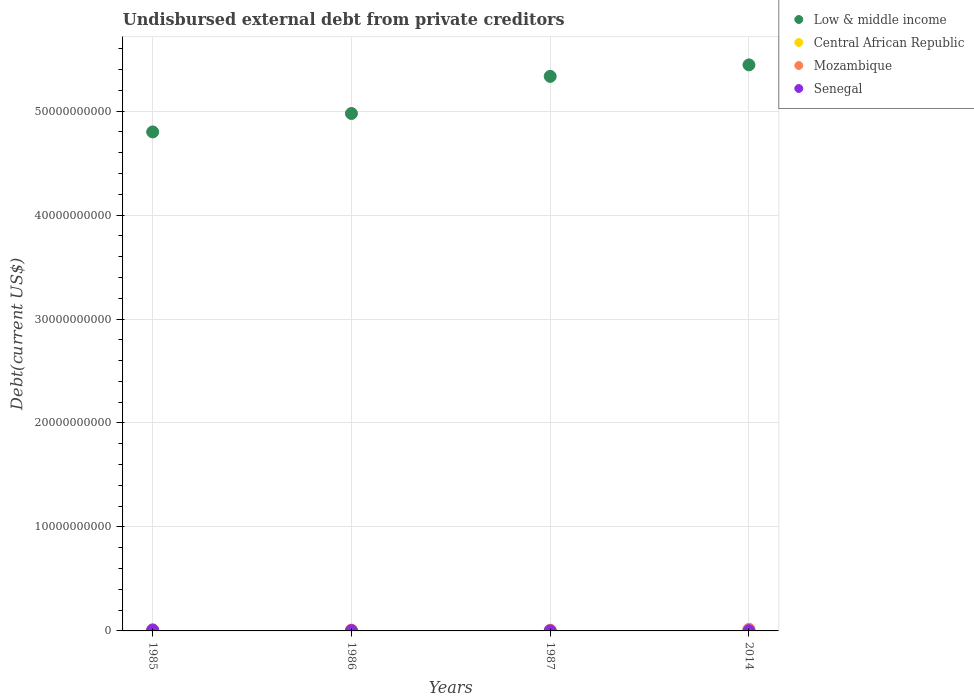
| Years | Low & middle income | Central African Republic | Mozambique | Senegal |
 | --- | --- | --- | --- | --- |
 | 1985 | 4.8e+10 | 2.37e+06 | 1.1e+08 | 7.67e+07 |
 | 1986 | 4.98e+10 | 1.96e+06 | 7.97e+07 | 3.37e+07 |
 | 1987 | 5.33e+10 | 1.33e+06 | 6.83e+07 | 1.13e+07 |
 | 2014 | 5.44e+10 | 2e+07 | 1.57e+08 | 2.39e+07 |